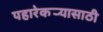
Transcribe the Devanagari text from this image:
पहारेकर्‍यासाठी